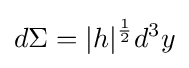
d\Sigma =|h|^{1 \over 2}d^{3}y